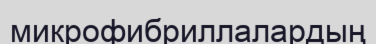
микрофибриллалардың